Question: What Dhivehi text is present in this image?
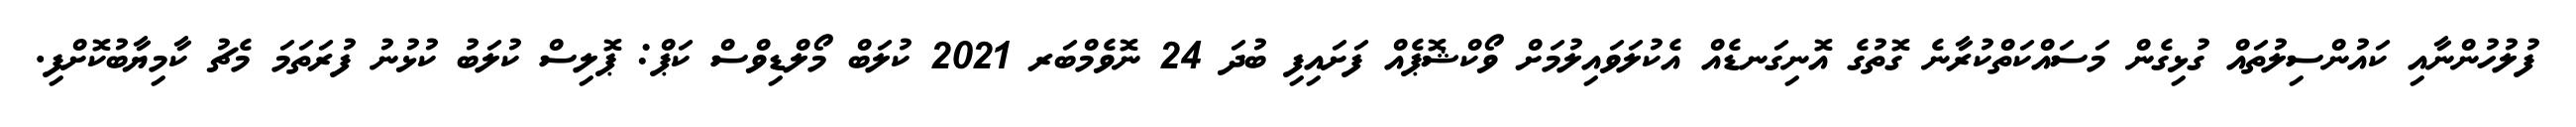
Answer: ފުލުހުންނާއި ކައުންސިލުތައް ގުޅިގެން މަސައްކަތްކުރާނެ ގޮތުގެ އޮނިގަނޑެއް އެކުލަވައިލުމަށް ވޯކްޝޮޕެއް ފަށައިފި ބުދަ 24 ނޮވެމްބަރ 2021 ކުލަބް މޯލްޑިވްސް ކަޕް: ޕޮލިސް ކުލަބު ކުޅުނު ފުރަތަމަ މެޗު ކާމިޔާބުކޮށްފި.